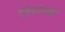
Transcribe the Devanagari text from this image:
निवशकों